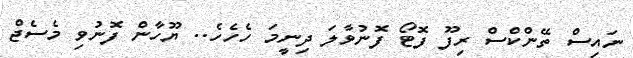
ނައިސް ތޭންކްސް ރިފޫ ފޮޓޯ ފޮނުވާލަ ދިނީމަ ހެހެހެ.. ޔޫހާން ފޮނުވި މެސެޖް